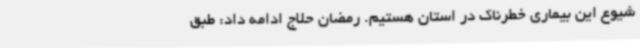
شیوع این بیماری خطرناک در استان هستیم. رمضان حلاج ادامه داد: طبق